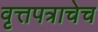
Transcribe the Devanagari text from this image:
वृत्तपत्राचेच